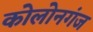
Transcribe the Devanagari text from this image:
कोलोनगंज